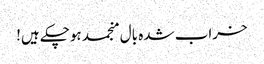
خراب شدہ بال منجمد ہوچکے ہیں!